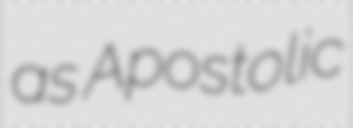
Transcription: as Apostolic